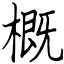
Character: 概